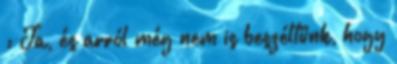
: Ja, és arról még nem is beszéltünk, hogy